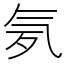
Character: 𣱚